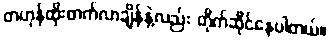
တဟုန်ထိုးတက်လာချိန်နဲ့လည်း တိုက်ဆိုင်နေပါတယ်။